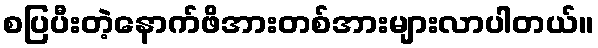
စပြပီးတဲ့နောက်ဖိအားတစ်အားများလာပါတယ်။